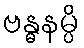
ဗန္ဓနမ္ပိ